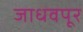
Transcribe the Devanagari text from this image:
जाधवपूर